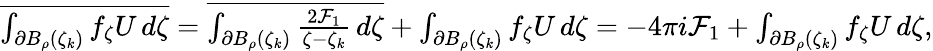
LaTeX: \begin{array}{r}{\overline{{\int_{\partial B_{\rho}(\zeta_{k})}f_{\zeta}U\, d\zeta}}=\overline{{\int_{\partial B_{\rho}(\zeta_{k})}\frac{2\mathcal{F}_{1}}{\zeta-\zeta_{k}}\, d\zeta}}+\int_{\partial B_{\rho}(\zeta_{k})}f_{\zeta}U\, d\zeta=-4\pi i\mathcal{F}_{1}+\int_{\partial B_{\rho}(\zeta_{k})}f_{\zeta}U\, d\zeta,}\end{array}